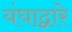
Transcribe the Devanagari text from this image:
यंघाद्वारे